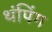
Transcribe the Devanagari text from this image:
थंपिंग